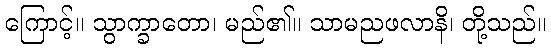
ကြောင့်။ သွာက္ခာတော၊ မည်၏။ သာမညဖလာနိ၊ တို့သည်။